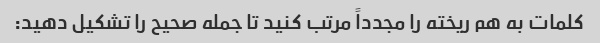
کلمات به هم ریخته را مجدداً مرتب کنید تا جمله صحیح را تشکیل دهید: